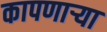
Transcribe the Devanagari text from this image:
कापणाऱ्या